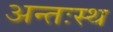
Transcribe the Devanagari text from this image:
अन्तःस्थ